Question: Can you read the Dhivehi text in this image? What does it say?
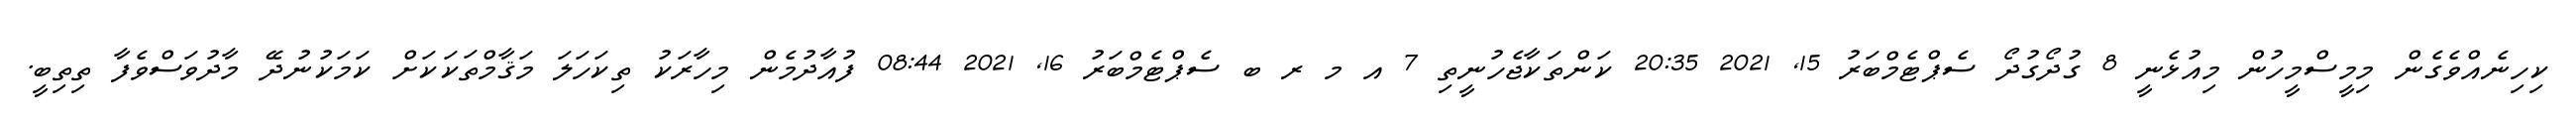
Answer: ކިހިނެއްވެގެން މިމީސްމީހުން މިއުޅެނީ 8 ގުދޯގުދޯ ސެޕްޓެމްބަރު 15, 2021 20:35 ކަންތަކާޖެހުނީތި 7 އ މ ރ ބ ސެޕްޓެމްބަރު 16, 2021 08:44 ފުއާދުމެން މިހާރަކު ތިކަހަލަ މަޤާމްތަކަކަށް ކަމަކުނުދޭ މާދުވަސްވެފާ ތިތިބީ.